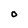
Character: O